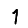
Digit: 1